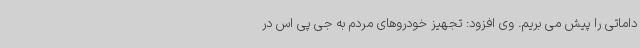
داماتی را پیش می بریم. وی افزود: تجهیز خودروهای مردم به جی پی اس در